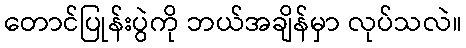
တောင်ပြုန်းပွဲကို ဘယ်အချိန်မှာ လုပ်သလဲ။